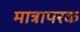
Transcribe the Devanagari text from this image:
मात्रापरक